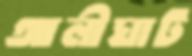
আলীঘাট